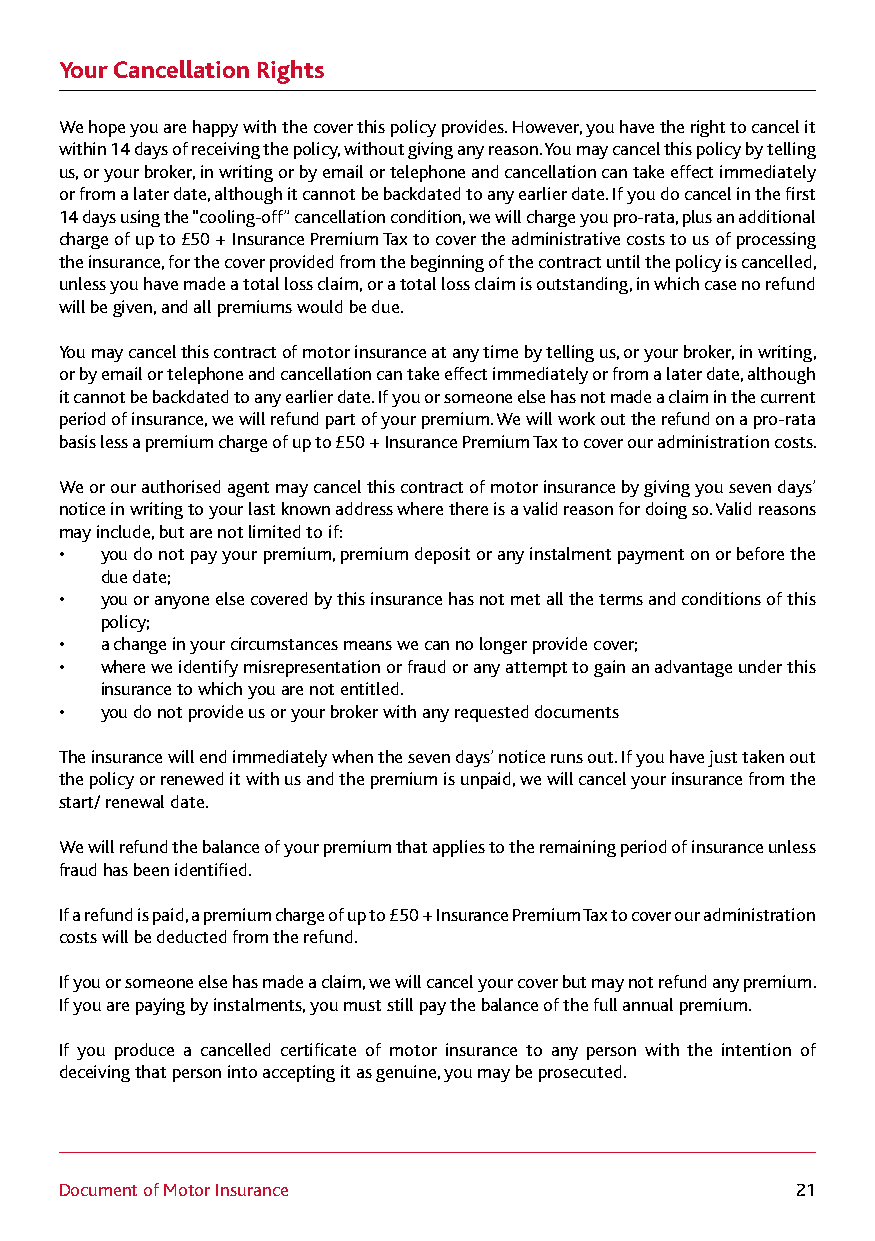
Your Cancellation Rights
 We hope you are happy with the cover this policy provides. However, you have the right to cancel it
 within 14 days of receiving the policy, without giving any reason. You may cancel this policy by telling
 us, or your broker, in writing or by email or telephone and cancellation can take effect immediately
 or from a later date, although it cannot be backdated to any earlier date. If you do cancel in the first
 14 days using the “cooling-off” cancellation condition, we will charge you pro-rata, plus an additional
 charge of up to £50 + Insurance Premium Tax to cover the administrative costs to us of processing
 the insurance, for the cover provided from the beginning of the contract until the policy is cancelled,
 unless you have made a total loss claim, or a total loss claim is outstanding, in which case no refund
 will be given, and all premiums would be due.
 You may cancel this contract of motor insurance at any time by telling us, or your broker, in writing,
 or by email or telephone and cancellation can take effect immediately or from a later date, although
 it cannot be backdated to any earlier date. If you or someone else has not made a claim in the current
 period of insurance, we will refund part of your premium. We will work out the refund on a pro-rata
 basis less a premium charge of up to £50 + Insurance Premium Tax to cover our administration costs.
 We or our authorised agent may cancel this contract of motor insurance by giving you seven days’
 notice in writing to your last known address where there is a valid reason for doing so. Valid reasons
 may include, but are not limited to if:
 •  you do not pay your premium, premium deposit or any instalment payment on or before the
 due date;
 •  you or anyone else covered by this insurance has not met all the terms and conditions of this
 policy;
 •  a change in your circumstances means we can no longer provide cover;
 •  where we identify misrepresentation or fraud or any attempt to gain an advantage under this
 insurance to which you are not entitled.
 •  you do not provide us or your broker with any requested documents
 The insurance will end immediately when the seven days’ notice runs out. If you have just taken out
 the policy or renewed it with us and the premium is unpaid, we will cancel your insurance from the
 start/ renewal date.
 We will refund the balance of your premium that applies to the remaining period of insurance unless
 fraud has been identified.
 If a refund is paid, a premium charge of up to £50 + Insurance Premium Tax to cover our administration
 costs will be deducted from the refund.
 If you or someone else has made a claim, we will cancel your cover but may not refund any premium.
 If you are paying by instalments, you must still pay the balance of the full annual premium.
 If you produce a cancelled certificate of motor insurance to any person with the intention of
 deceiving that person into accepting it as genuine, you may be prosecuted.
 Document of Motor Insurance                      21